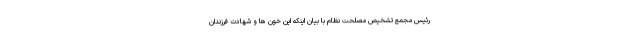
رئیس مجمع تشخیص مصلحت نظام با بیان اینکه این خون ها و شهادت فرزندان